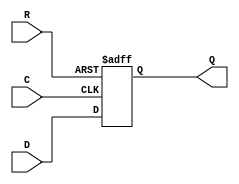
module _DFF_PN0_(D, Q, C, R);
input D, C, R;
output reg Q;
always @(posedge C or negedge R) begin
	if (R == 0)
		Q <= 0;
	else
		Q <= D;
end
endmodule